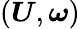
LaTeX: (\boldsymbol{U},\boldsymbol{\omega})